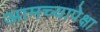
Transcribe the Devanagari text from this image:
आमच्यापेक्षा